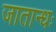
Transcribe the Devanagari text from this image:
जातान्धः